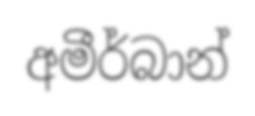
අමීර්බාන්